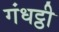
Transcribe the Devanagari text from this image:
गंधट्ठी